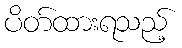
ပိတ်ထားရသည့်